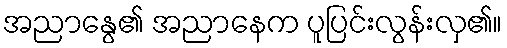
အညာနွေ၏ အညာနေက ပူပြင်းလွန်းလှ၏။